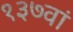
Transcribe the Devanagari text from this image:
१३७वां